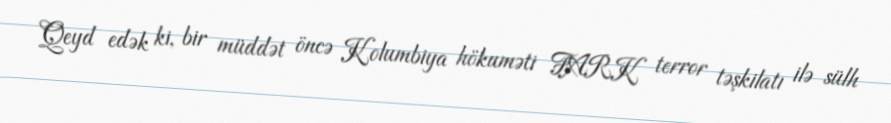
Qeyd edək ki, bir müddət öncə Kolumbiya hökuməti FARK terror təşkilatı ilə sülh